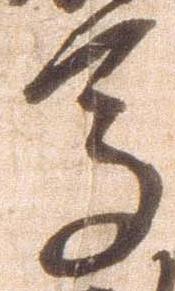
馬